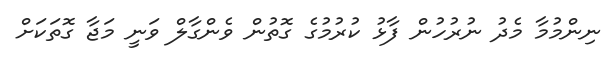
ނިންމުމާ މެދު ނުރުހުން ފާޅު ކުރުމުގެ ގޮތުން ވެންގާލް ވަނީ މަޖާ ގޮތަކަށް